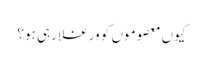
کیوں معصوموں کو ورغلا رہی ہو؟